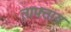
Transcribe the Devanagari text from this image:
ताफ्ताय